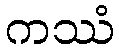
ကဿံ